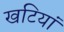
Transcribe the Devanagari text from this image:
खटियां